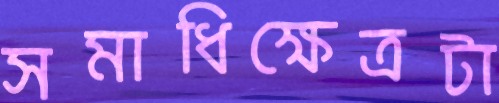
সমাধিক্ষেত্রটা